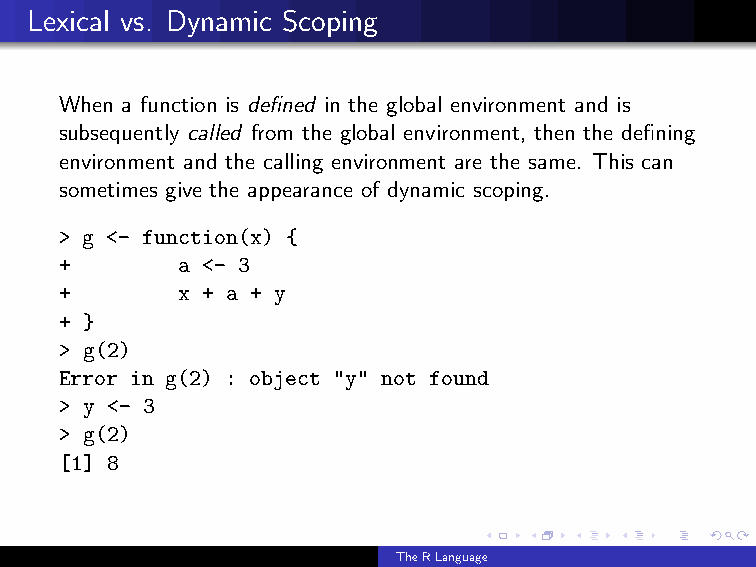
Lexical vs. Dynamic Scoping
 When a function is defined in the global environment and is
 subsequently called from the global environment, then the defining
 environment and the calling environment are the same. This can
 sometimes give the appearance of dynamic scoping.
 > g <- function(x) {
 +       a <- 3
 +       x + a + y
 + }
 > g(2)
 Error in g(2) : object "y" not found
 > y <- 3
 > g(2)
 [1] 8
 TheRLanguage